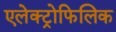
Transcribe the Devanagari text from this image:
एलेक्ट्रोफिलिक